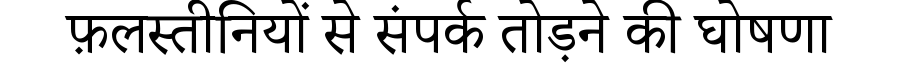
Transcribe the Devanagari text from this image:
फ़लस्तीनियों से संपर्क तोड़ने की घोषणा